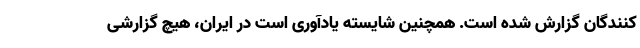
کنندگان گزارش شده است. همچنین شایسته یادآوری است در ایران، هیچ گزارشی